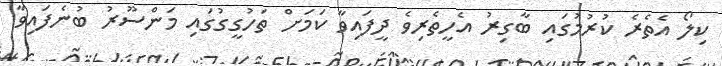
ކިލޯ އެތެރެ ކުރުމުގައި ބާގިރު އެހީތެރިވެ ދީފައިވާ ކަމަށް ތަހުގީގުގައި މަންސޫރު ބުނެފައިވާ